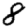
Digit: 8